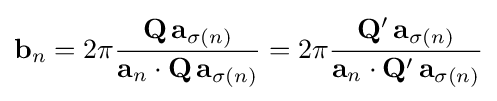
\mathbf {b} _{n}=2\pi {\frac {\mathbf {Q} \,\mathbf {a} _{\sigma (n)}}{\mathbf {a} _{n}\cdot \mathbf {Q} \,\mathbf {a} _{\sigma (n)}}}=2\pi {\frac {\mathbf {Q} '\,\mathbf {a} _{\sigma (n)}}{\mathbf {a} _{n}\cdot \mathbf {Q} '\,\mathbf {a} _{\sigma (n)}}}